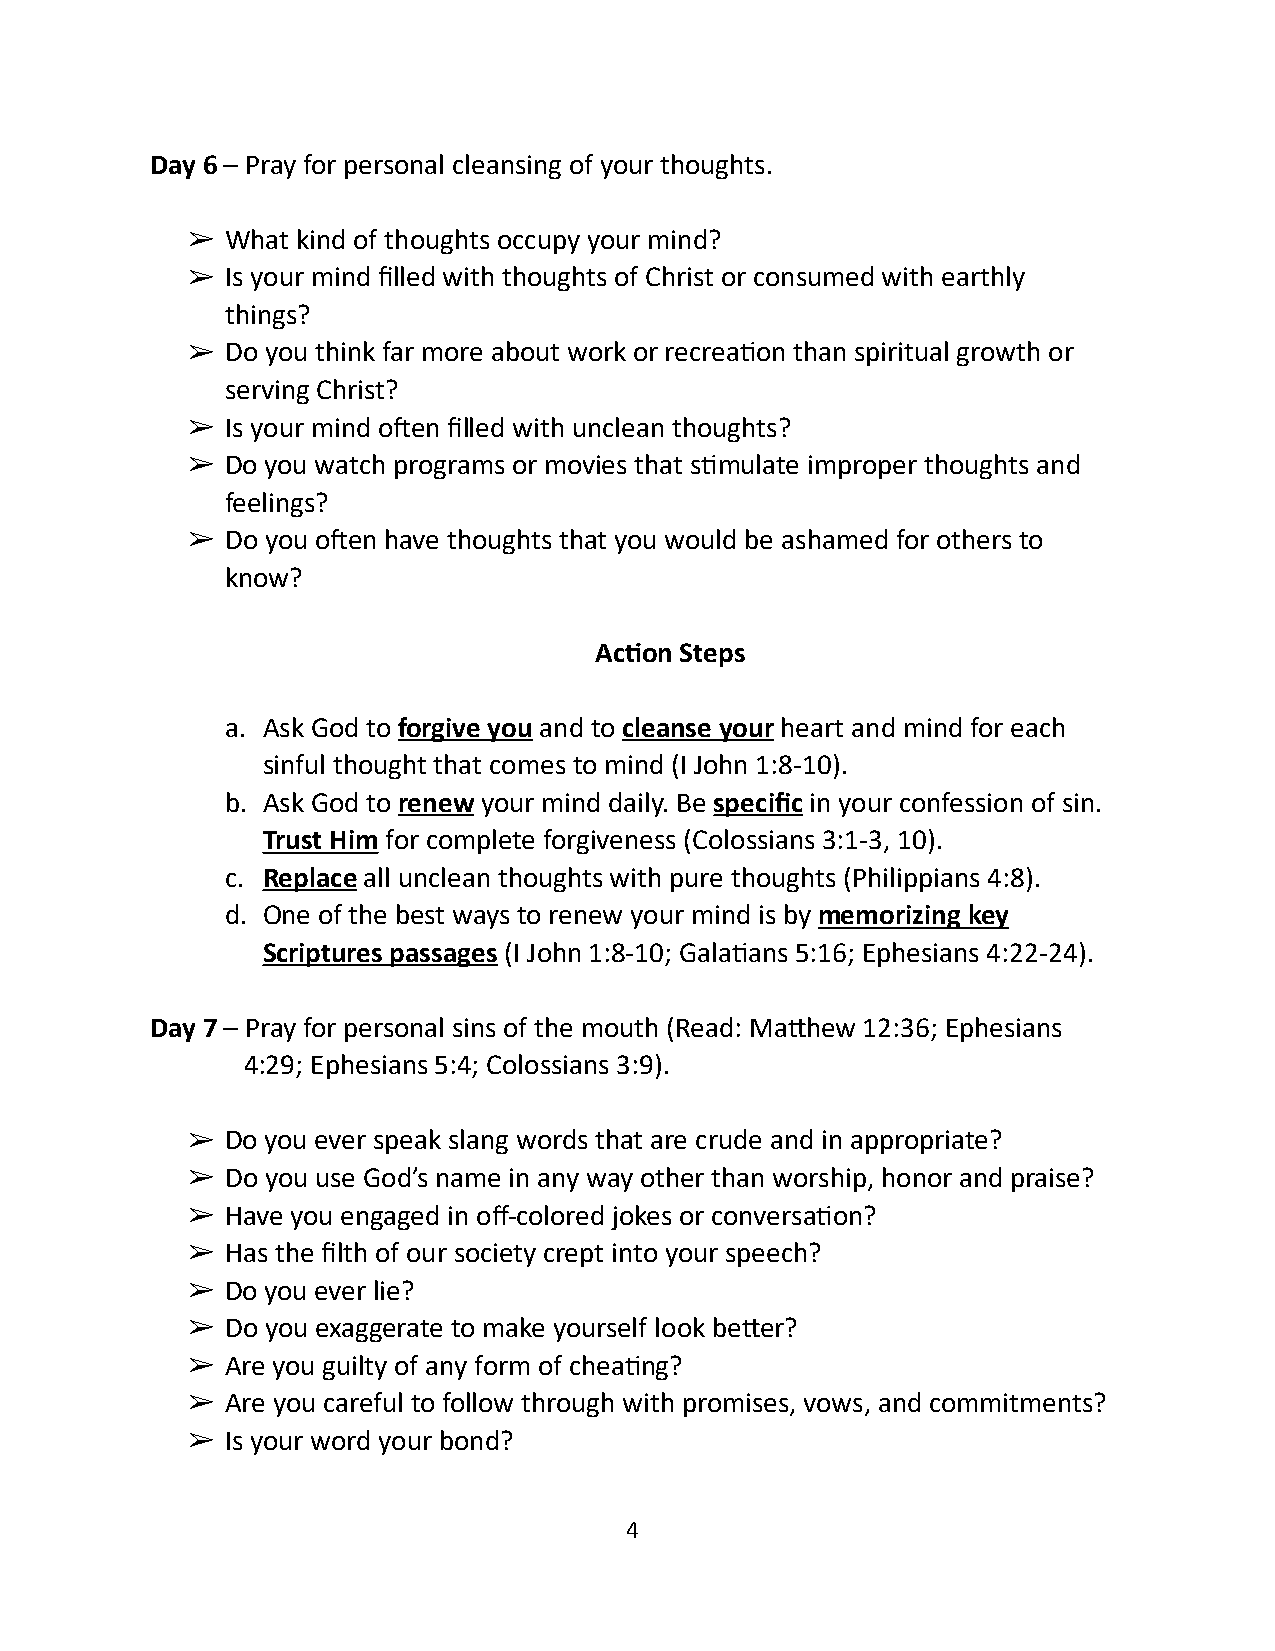
Day 6 – Pray for personal cleansing of your thoughts.
 ➢  What kind of thoughts occupy your mind?
 ➢  Is your mind filled with thoughts of Christ or consumed with earthly
 things?
 ➢  Do you think far more about work or recrea1on than spiritual growth or
 serving Christ?
 ➢  Is your mind oben filled with unclean thoughts?
 ➢  Do you watch programs or movies that s1mulate improper thoughts and
 feelings?
 ➢  Do you oben have thoughts that you would be ashamed for others to
 know?
 Ac9on Steps
 a. Ask God to forgive you and to cleanse your heart and mind for each
 sinful thought that comes to mind (I John 1:8-10).
 b. Ask God to renew your mind daily. Be specific in your confession of sin.
 Trust Him for complete forgiveness (Colossians 3:1-3, 10).
 c. Replace all unclean thoughts with pure thoughts (Philippians 4:8).
 d. One of the best ways to renew your mind is by memorizing key
 Scriptures passages (I John 1:8-10; Gala1ans 5:16; Ephesians 4:22-24).
 Day 7 – Pray for personal sins of the mouth (Read: Ma^hew 12:36; Ephesians
 4:29; Ephesians 5:4; Colossians 3:9).
 ➢  Do you ever speak slang words that are crude and in appropriate?
 ➢  Do you use God’s name in any way other than worship, honor and praise?
 ➢  Have you engaged in off-colored jokes or conversa1on?
 ➢  Has the filth of our society crept into your speech?
 ➢  Do you ever lie?
 ➢  Do you exaggerate to make yourself look be^er?
 ➢  Are you guilty of any form of chea1ng?
 ➢  Are you careful to follow through with promises, vows, and commitments?
 ➢  Is your word your bond?
 4